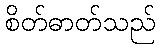
စိတ်ဓာတ်သည်